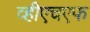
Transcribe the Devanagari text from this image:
व्हीएचएफ